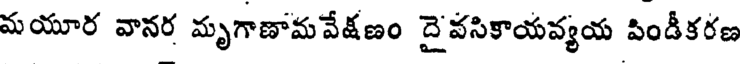
మయూర వానర మృగాణామవేక్షణం దైవసికాయవ్యయ పిండీకరణ